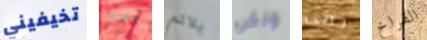
تخيفيني معلمه يلائم ولكن حمى الفراخ